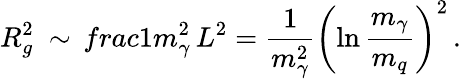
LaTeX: R_{g}^{2}\ \sim\, frac{1}{m_{\gamma}^{2}}\, L^{2}=\frac{1}{m_{\gamma}^{2}}\left(\ln\frac{m_{\gamma}}{m_{q}}\right)^{2}\, .